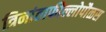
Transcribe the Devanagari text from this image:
त्रिनांताफील्लोपौळस